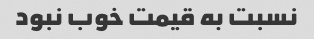
نسبت به قیمت خوب نبود